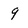
Character: 9